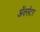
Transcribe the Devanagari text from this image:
ॲक्सेंटर